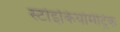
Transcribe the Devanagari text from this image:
स्टोइकियोमेट्रिक